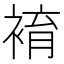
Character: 䘻